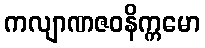
ကလျာဏဇဝနိက္ကမော